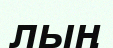
лың